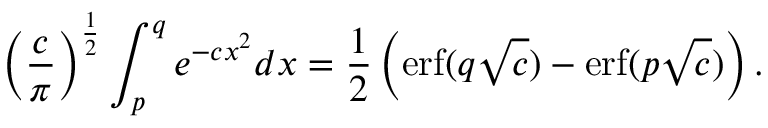
\left( { \frac { c } { \pi } } \right) ^ { \frac { 1 } { 2 } } \int _ { p } ^ { q } e ^ { - c x ^ { 2 } } d x = { \frac { 1 } { 2 } } \left( \operatorname { e r f } ( q { \sqrt { c } } ) - \operatorname { e r f } ( p { \sqrt { c } } ) \right) .